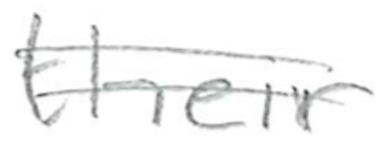
Text: their
Cross-out: double-line
Writing tool: pencil